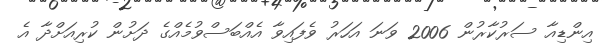
އިންޑިއާ ސަރުކާރުން 2006 ވަނަ އަހަރު ވެފައިވާ އެއްބަސްވުމެއްގެ ދަށުން ކުރިއަށްދާ އެ